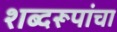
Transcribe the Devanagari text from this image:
शब्दरूपांचा